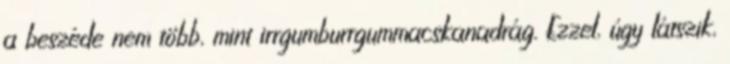
a beszéde nem több, mint irrgumburrgummacskanadrág. Ezzel, úgy látszik,